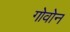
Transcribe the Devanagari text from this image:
गोवोन